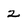
Character: 2